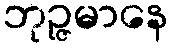
ဘုဉ္ဇမာနေ